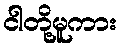
ငါတို့မူကား